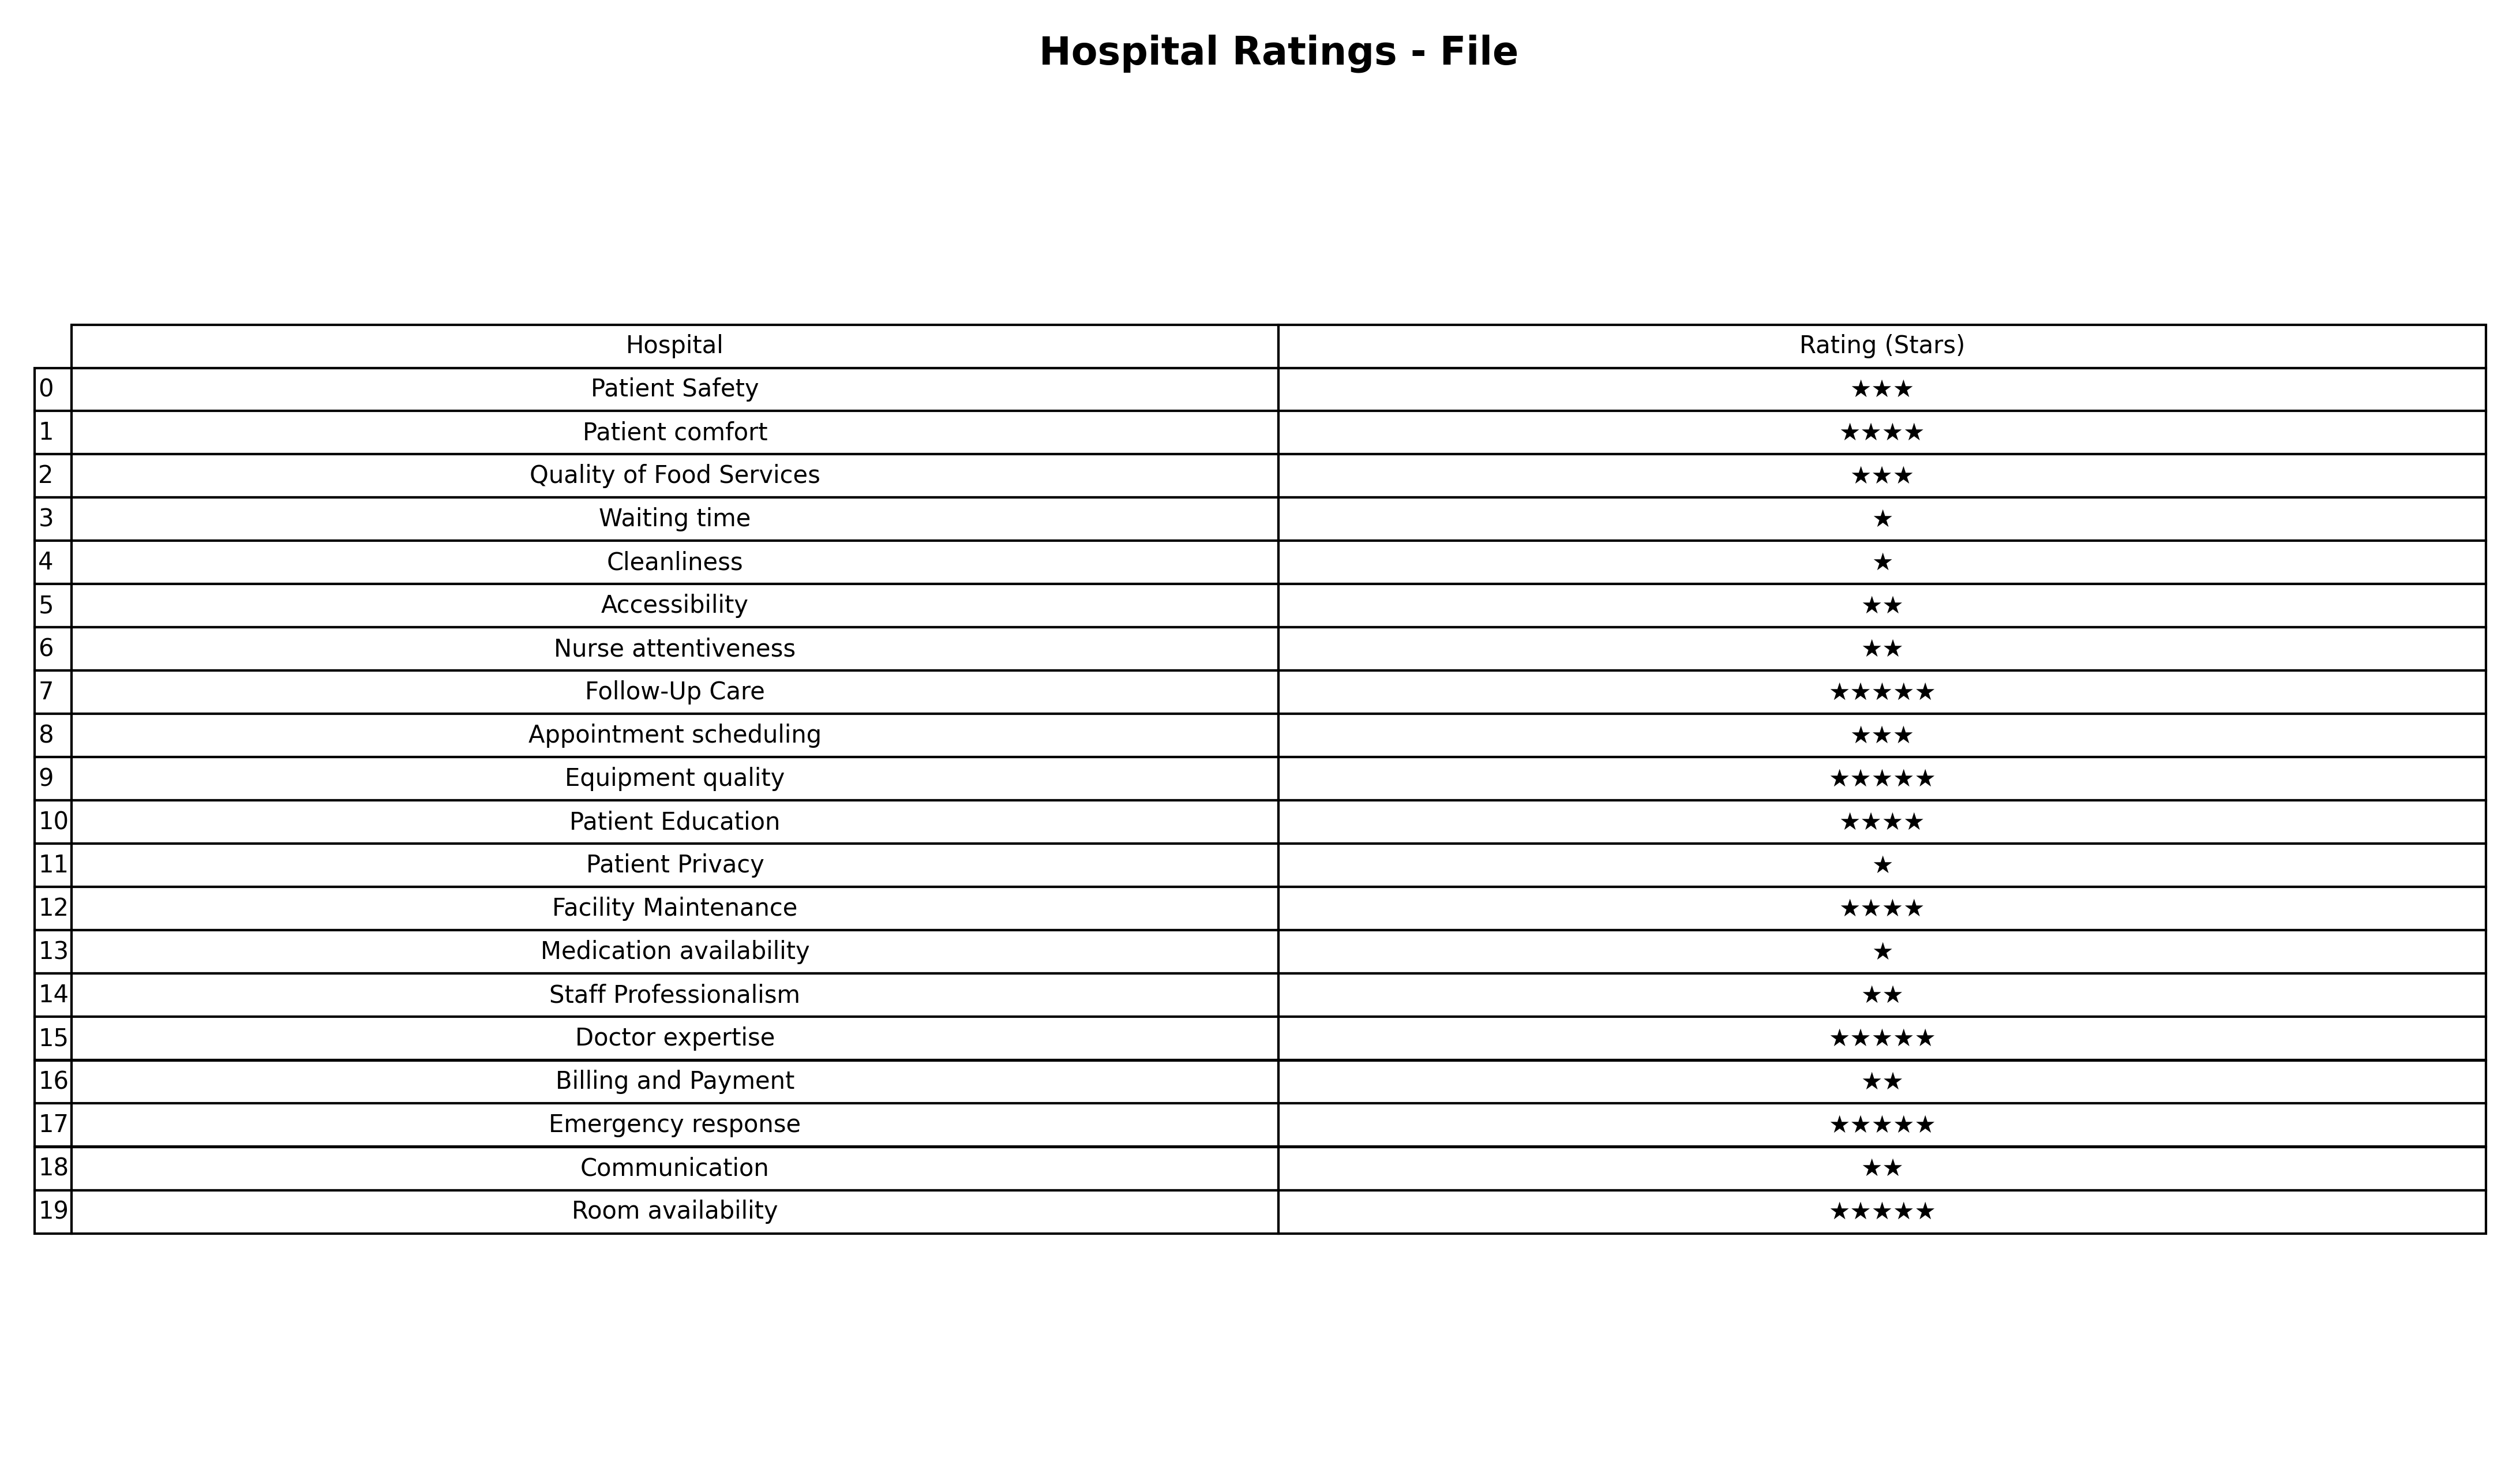
question: What is the rating of Billing and Payment?
answer: ★★